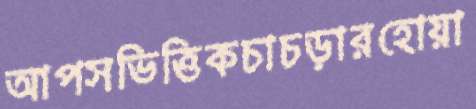
আপসভিত্তিকচাচড়ারহোয়া